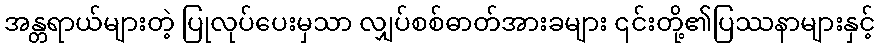
အန္တရာယ်များတဲ့ ပြုလုပ်ပေးမှသာ လျှပ်စစ်ဓာတ်အားခများ ၎င်းတို့၏ပြဿနာများနှင့်